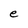
Character: e